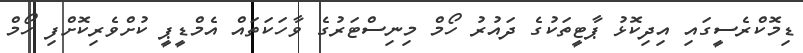
ޑިމޮކްރެސީގައި އިދިކޮޅު ޕާޓީތަކުގެ ދައުރު ހޯމް މިނިސްޓަރުގެ ވާހަކަތައް އެމްޑީޕީ ކުށްވެރިކޮށްފި ހޯމް